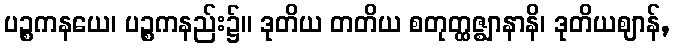
ပဉ္စကနယေ၊ ပဉ္စကနည်း၌။ ဒုတိယ တတိယ စတုတ္ထဇ္ဈာနာနိ၊ ဒုတိယဈာန်,